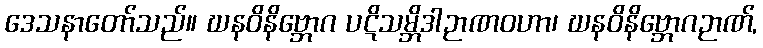
ဒေသနာတော်သည်။ ဃနဝိနိဗ္ဘောဂ ပဋိသမ္ဘိဒါဉာဏဝဟာ၊ ဃနဝိနိဗ္ဘောဂဉာဏ်,